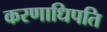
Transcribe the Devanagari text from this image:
करणाधिपति